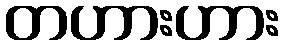
တဟားဟား